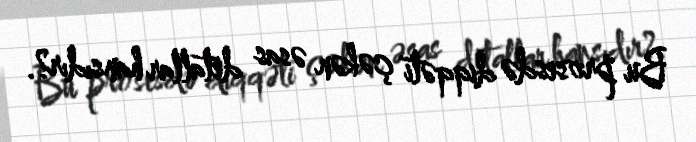
Bu prosesdə diqqəti çəkən əsas detallar hansıdır?.